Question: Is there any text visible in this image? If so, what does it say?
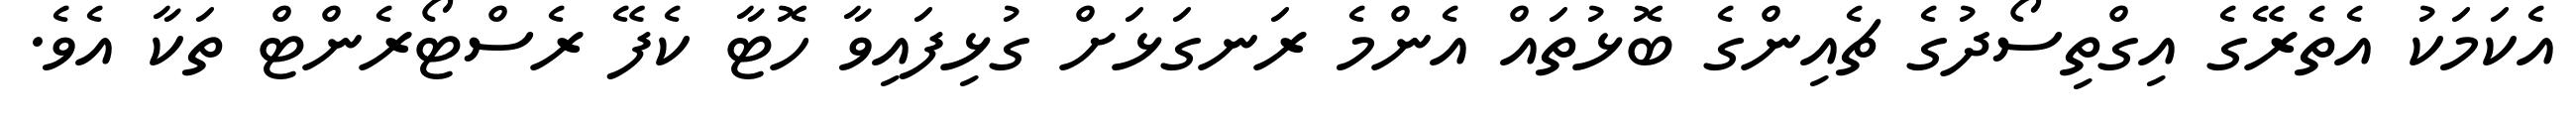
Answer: އެކަމަކު އެތެރޭގެ އިގްތިސޯދުގެ ޗެއިންގެ ބޮޅުތައް އެންމެ ރަނގަޅަށް ގުޅިފައިވާ ހޮޓާ ކެފޭ ރެސްޓޯރެންޓް ތަކާ އެވެ.